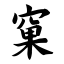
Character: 窠